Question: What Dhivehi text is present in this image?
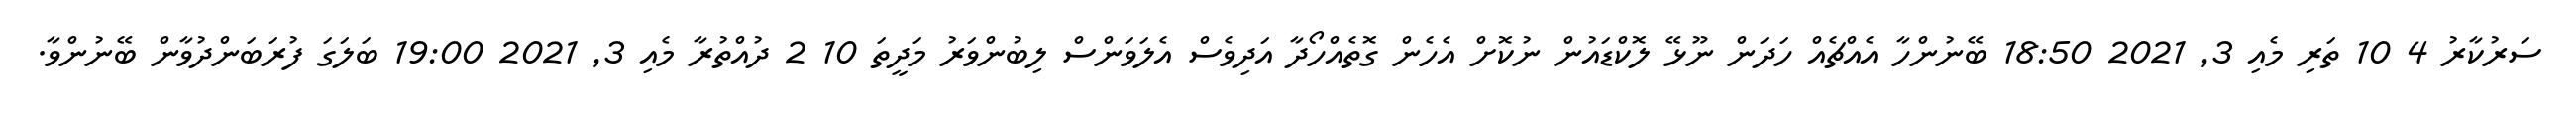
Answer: ސަރުކާރު 4 10 ތަރި މެއި 3, 2021 18:50 ބޭނުންހާ އެއްޗެއް ހަދަން ނޫޅޭ ލޮކްޑައުން ނުކޮށް އެހެން ގޮތެއްހޯދާ އަދިވެސް އެލަވަންސް ލިބުންވަރު މަދީތަ 10 2 ދުއްތުރާ މެއި 3, 2021 19:00 ބަލަގަ ފުރަބަންދުވާން ބޭނުންވާ.